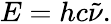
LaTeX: E=hc{\tilde{\nu}}.